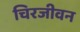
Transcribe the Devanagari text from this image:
चिरजीवन